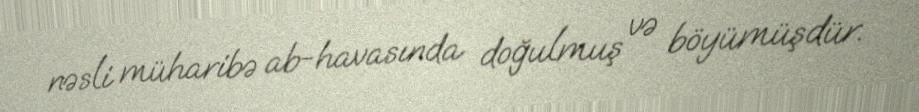
nəsli müharibə ab-havasında doğulmuş və böyümüşdür.